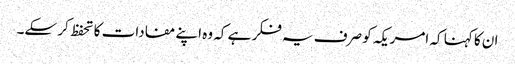
ان کا کہنا کہ امریکہ کو صرف یہ فکر ہے کہ وہ اپنے مفادات کا تحفظ کر سکے۔